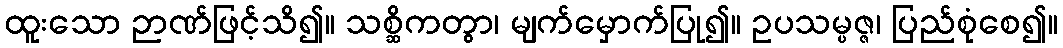
ထူးသော ဉာဏ်ဖြင့်သိ၍။ သစ္ဆိကတွာ၊ မျက်မှောက်ပြု၍။ ဥပသမ္ပဇ္ဇ၊ ပြည်စုံစေ၍။